Indian journal of veterinary science and animal husbandry - Volume 4,
Year: 1934
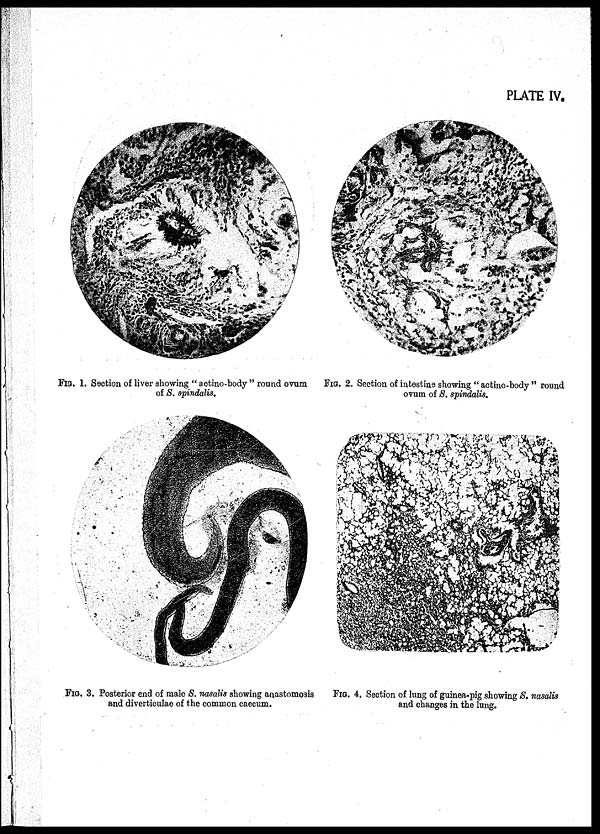
PLATE IV.
FIG. 1. Section of liver showing " actino-body " round ovum
of S. spindalis.
FIG. 2. Section of intestine showing " actino-body " round
ovum of S. spindalis.
FlG. 3. Posterior end of male S. nasalis showing anastomosis
and diverticulae of the common caecum.
FIG. 4. Section of lung of guinea-pig showing S. nasalis
and changes in the lung.